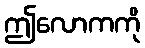
ဤလောကကို